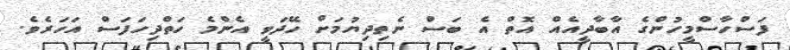
ފަސްހާސްމީހުންގެ އާބާދީއެއް އޮތް އެ ބަސް ނެތިދިޔުމަށް ހޭދަވީ އެންމެ ހަތްދިހަފަސް އަހަރެވެ.